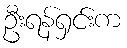
ဦးရန်ရှင်းက